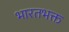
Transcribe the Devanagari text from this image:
भारतभक्त